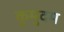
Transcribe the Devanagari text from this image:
कुमुदम